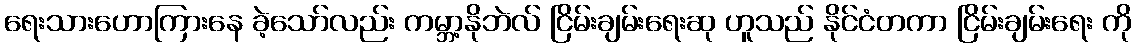
ရေးသားဟောကြားနေ ခဲ့သော်လည်း ကမ္ဘာ့နိုဘဲလ် ငြိမ်းချမ်းရေးဆု ဟူသည် နိုင်ငံတကာ ငြိမ်းချမ်းရေး ကို